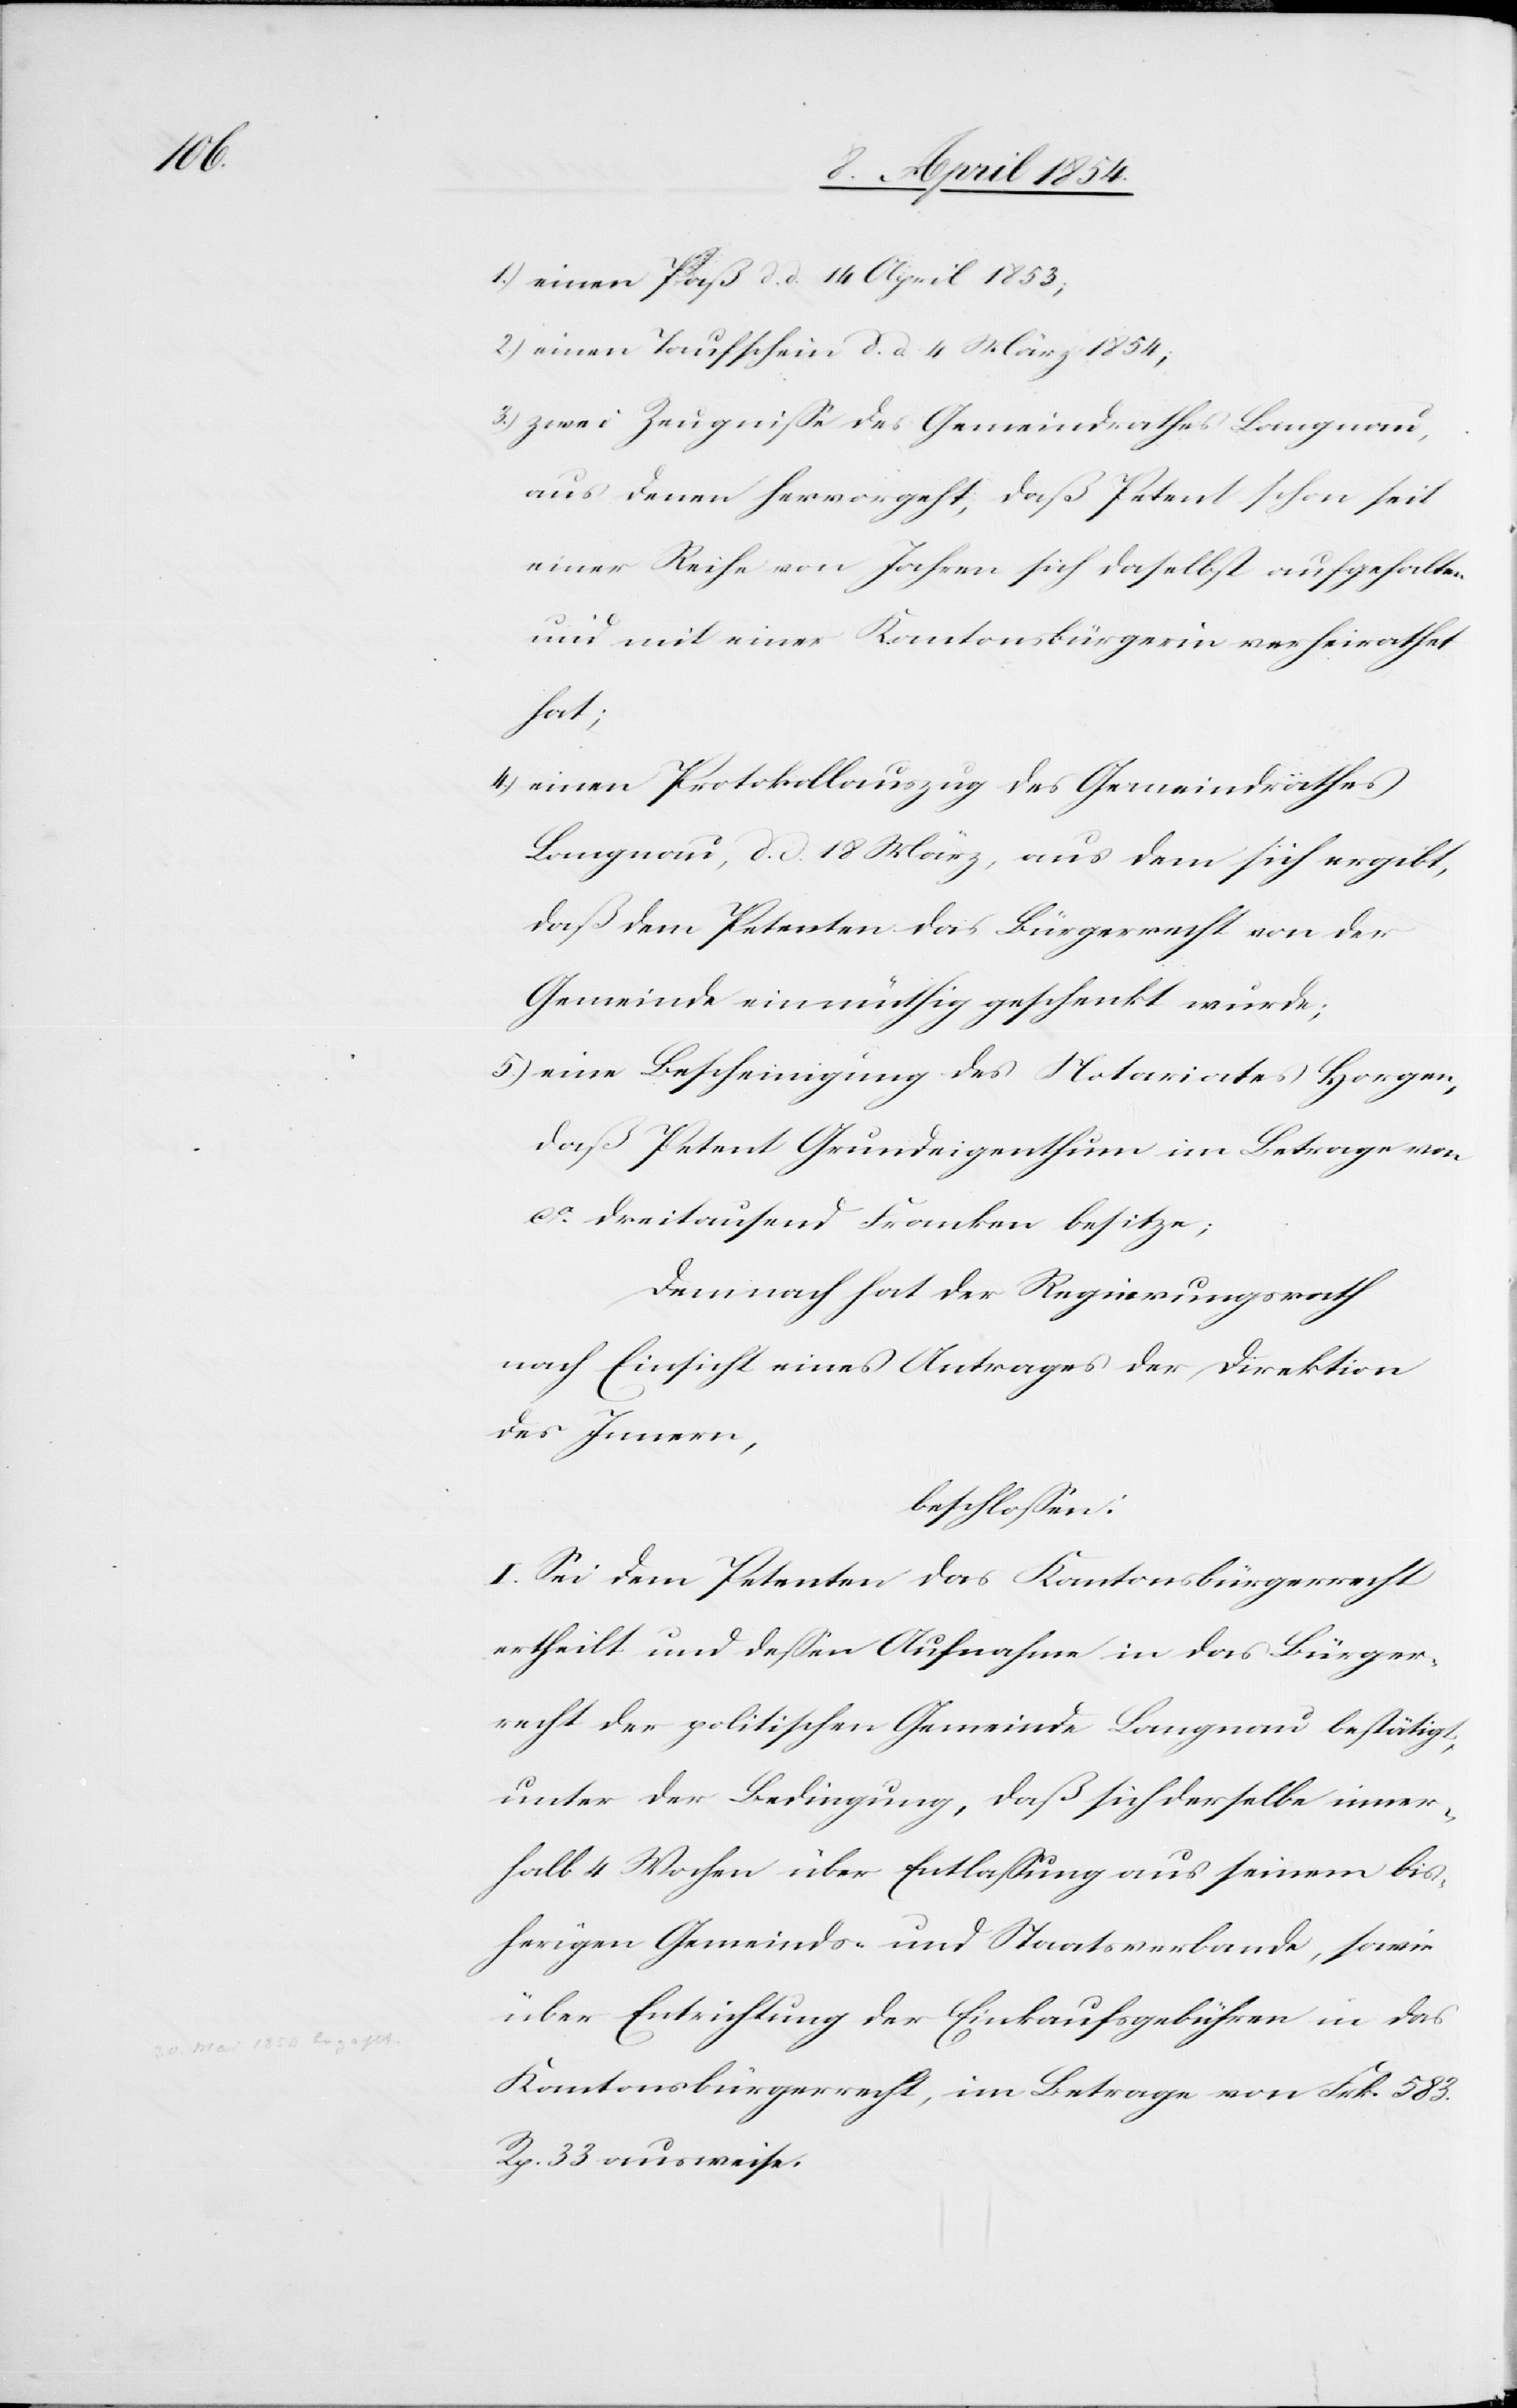
1.) einen Paß d. d. 14 April 1853;
2.) einen Taufschein d. d. 4 März 1854;
3.) zwei Zeugniße des Gemeindrathes Langnau,
aus denen hervorgeht, daß Petent schon seit
einer Reihe von Jahren sich daselbst aufgehalten
und mit einer Kantonsbürgerin verheirathet
hat;
4.) einen Protokollauszug des Gemeindrathes
Langnau, d. d. 18 März, aus dem sich ergibt,
daß Petenten das Bürgerrecht von der
Gemeinde einmüthig geschenkt wurde;
5.) eine Bescheinigung des Notariates Horgen,
daß Petent Grundeigenthum im Betrage von
ca dreitausend Franken besitze;
Demnach hat der Regierungsrath
nach Einsicht eines Antrages der Direktion
des Innern,
beschloßen:
I. Sei dem Petenten das Kantonsbürgerrecht
ertheilt und deßen Aufnahme in das Bürger¬
recht der politischen Gemeinde Langnau bestätigt,
unter der Bedingung, daß sich derselbe inner¬
halb 4 Wochen über Entlaßung aus seinem bis¬
herigen Gemeinds- und Staatsverbande, sowie
über Entrichtung der Einkaufsgebühren in das
Kantonsbürgerrecht, im Betrage von Frk. 583.
Rp. 33 ausweise.